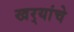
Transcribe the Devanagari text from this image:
खर्‍यांचे